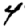
Digit: 4